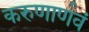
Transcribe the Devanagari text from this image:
करुणार्णवं